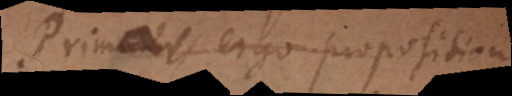
Primae ergo propositiones